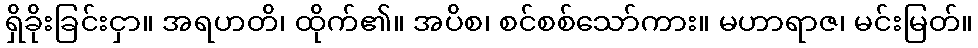
ရှိခိုးခြင်းငှာ။ အရဟတိ၊ ထိုက်၏။ အပိစ၊ စင်စစ်သော်ကား။ မဟာရာဇ၊ မင်းမြတ်။